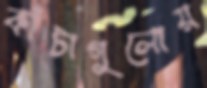
কাঁটাগুলোয়